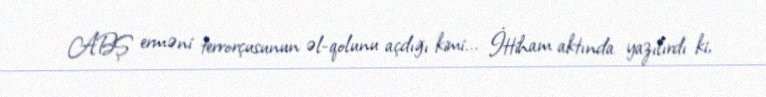
ABŞ erməni terrorçusunun əl-qolunu açdığı kimi... İttiham aktında yazılırdı ki,